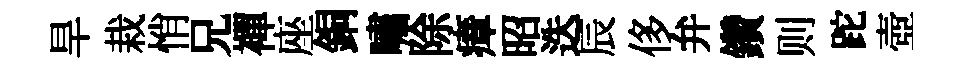
旱栽悄兄襌座銅嘯除瘴昭迭辰侈弁鑽则跎壺